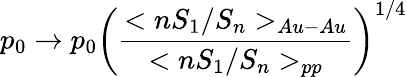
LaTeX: p_{0}\rightarrow p_{0}\left(\frac{<nS_{1}/S_{n}>_{Au-Au}}{<nS_{1}/S_{n}>_{pp}}\right)^{1/4}